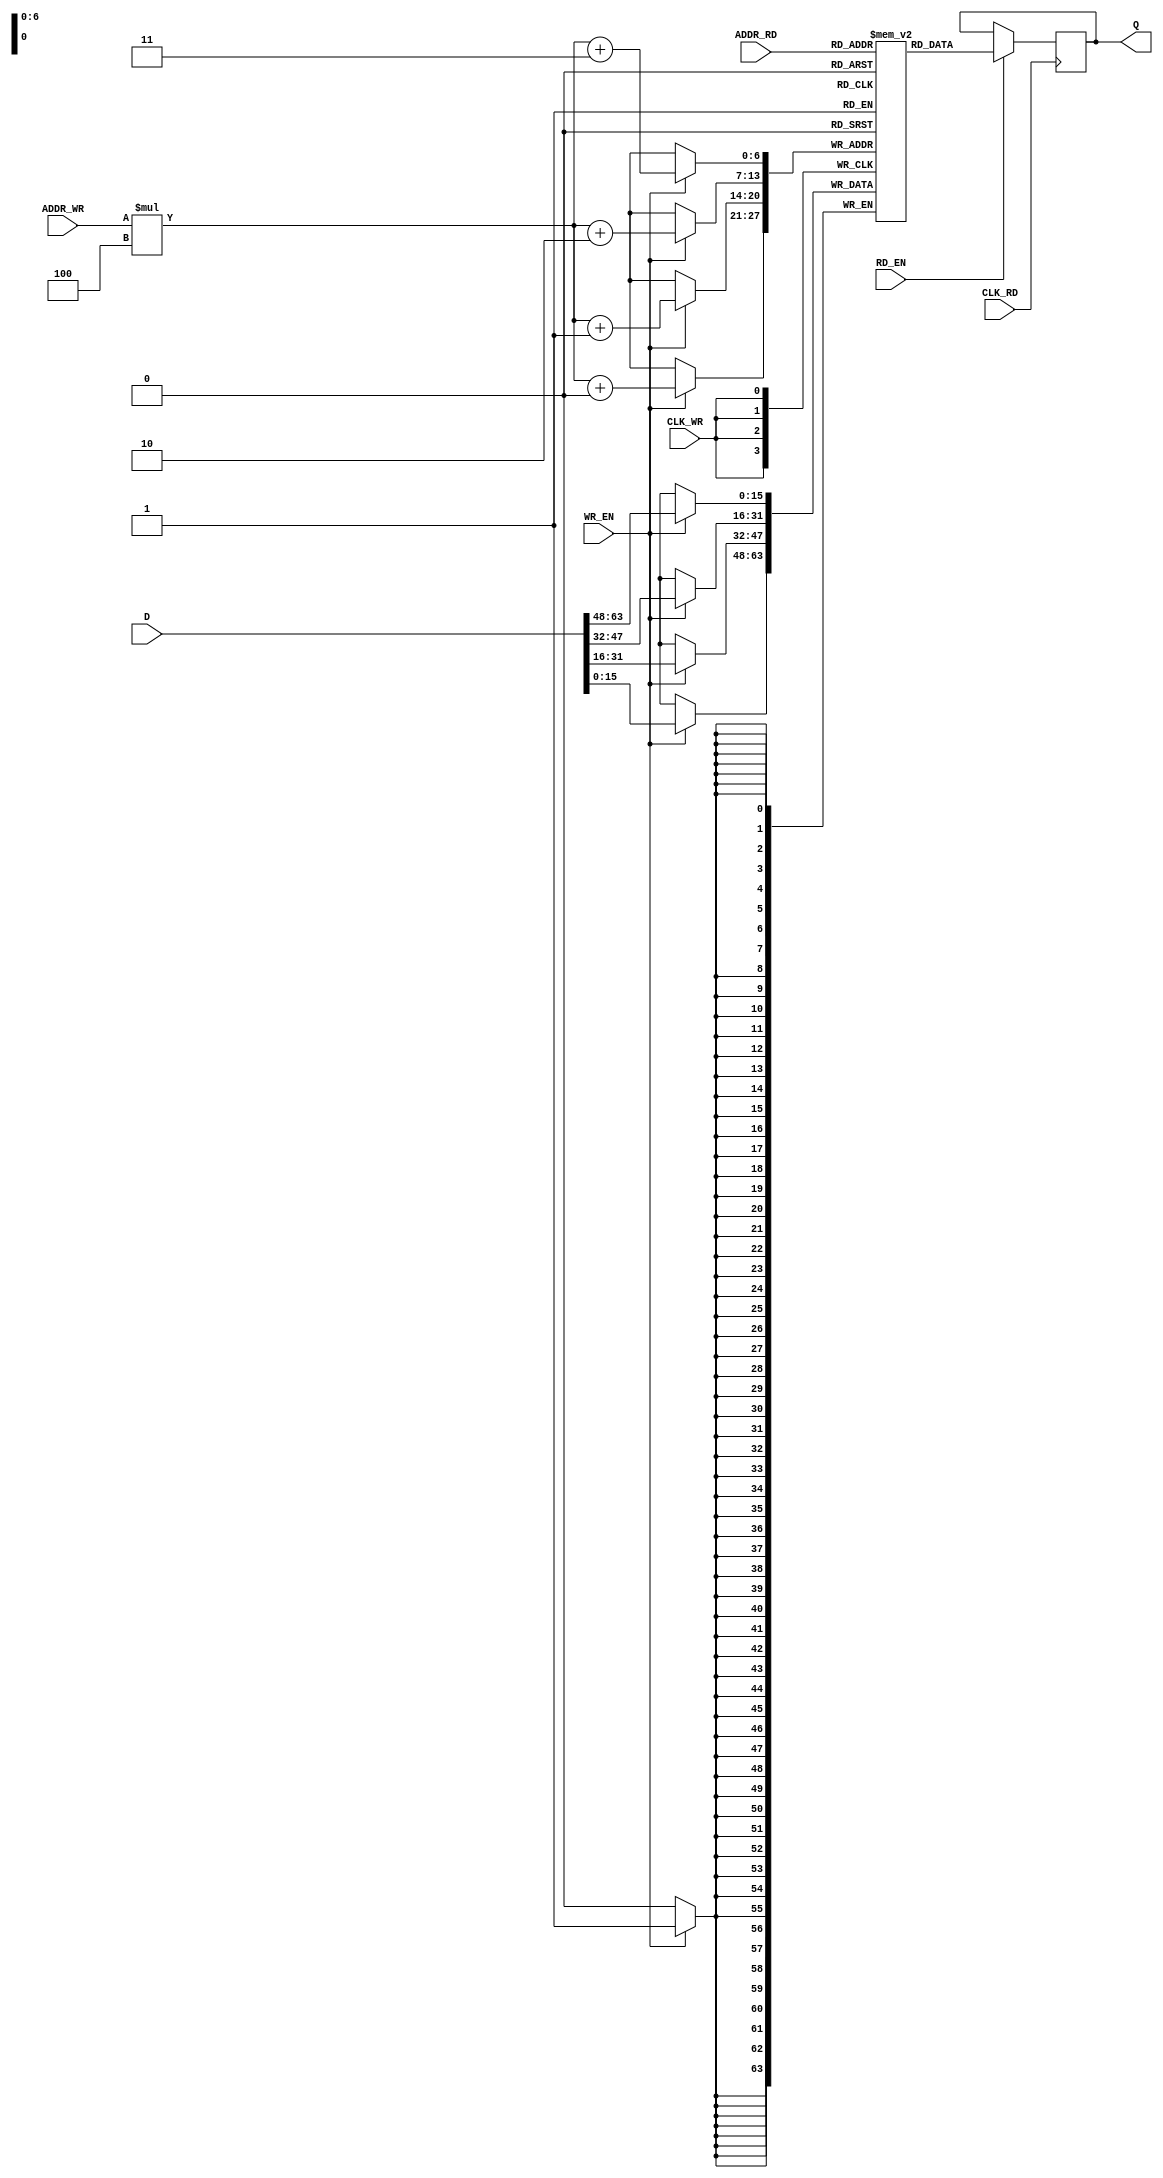
module  ramdp
    #(  parameter       AWI     = 5 ,
        parameter       AWO     = 7 ,
        parameter       DWI     = 64 ,
        parameter       DWO     = 16
        )
    (
        input                   CLK_WR ,
        input                   WR_EN ,
        input [AWI-1:0]         ADDR_WR ,
        input [DWI-1:0]         D ,
        input                   CLK_RD ,
        input                   RD_EN ,
        input [AWO-1:0]         ADDR_RD ,
        output reg [DWO-1:0]    Q
     );

   parameter       EXTENT       = DWO/DWI ;
   parameter       EXTENT_BIT   = AWI-AWO > 0 ? AWI-AWO : 'b1 ;
   parameter       SHRINK       = DWI/DWO ;
   parameter       SHRINK_BIT   = AWO-AWI > 0 ? AWO-AWI : 'b1;

   genvar i ;
   generate
      //data expanding: output width > input width
      if (DWO >= DWI) begin
         //wr 1 data every clock
         reg [DWI-1:0]         mem [(1<<AWI)-1 : 0] ;
         always @(posedge CLK_WR) begin
            if (WR_EN) begin
               mem[ADDR_WR]  <= D ;
            end
         end

         //rd 4 data every clock
         for (i=0; i<EXTENT; i=i+1) begin
            always @(posedge CLK_RD) begin
               if (RD_EN) begin
                  Q[(i+1)*DWI-1: i*DWI]  <= mem[(ADDR_RD*EXTENT) + i ] ;
               end
            end
         end
      end


      //=================================================
      //data shrinkign: output width < input width
      else begin
         //wr 4 data every clock
         reg [DWO-1:0]         mem [(1<<AWO)-1 : 0] ;
         for (i=0; i<SHRINK; i=i+1) begin
            always @(posedge CLK_WR) begin
               if (WR_EN) begin
                  mem[(ADDR_WR*SHRINK)+i]  <= D[(i+1)*DWO -1: i*DWO] ;
               end
            end
         end

         //rd 1 data every clock
         always @(posedge CLK_RD) begin
            if (RD_EN) begin
                Q <= mem[ADDR_RD] ;
            end
         end
      end
   endgenerate

endmodule